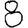
Digit: 8